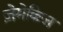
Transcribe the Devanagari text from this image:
ज़ेमेक्किज